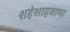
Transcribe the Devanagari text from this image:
शहंशाहनामा